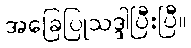
အခြေပြုသဒ္ဒါပြီးပြီ။